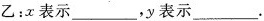
乙：x表示___，y表示___.